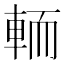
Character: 輀